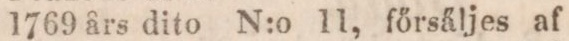
1769 års dito N:o 11, főrsäljes af